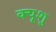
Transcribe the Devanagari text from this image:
क्यूशु